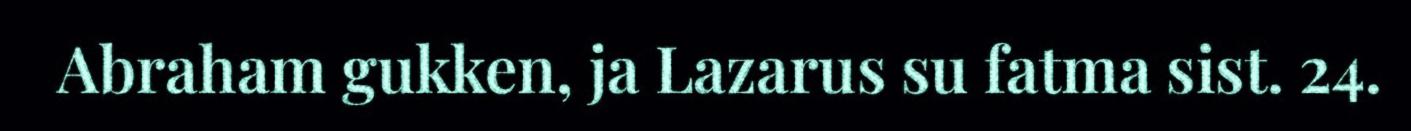
Abraham gukken, ja Lazarus su fatma sist. 24.